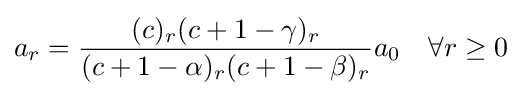
a_{r}={\frac {(c)_{r}(c+1-\gamma )_{r}}{(c+1-\alpha )_{r}(c+1-\beta )_{r}}}a_{0}\quad \forall r\geq 0